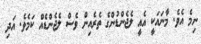
ނިމެ އެވެ. މާނައަކީ އެއީ ލެޖެންޑުންގެ ތެރެއިން ވެސް ލެޖެންޑެއް ކަމެވެ. އަދި